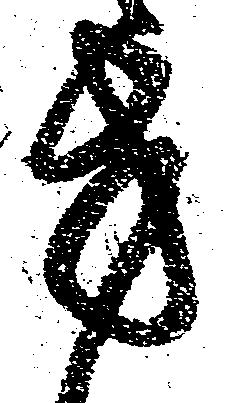
方